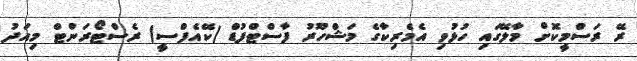
ރޭ ރަސްމީކޮށް މާލޭގައި ހުޅުވި އެމެރިކާގެ މަޝްހޫރު ފާސްޓްފުޑް (ކޭއެފްސީ) ރެސްޓޯރަންޓް މިއަދު